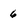
Character: 6